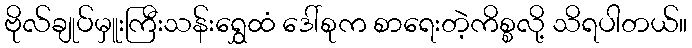
ဗိုလ်ချုပ်မှူးကြီးသန်းရွှေထံ ဒေါ်စုက စာရေးတဲ့ကိစ္စလို့ သိရပါတယ်။